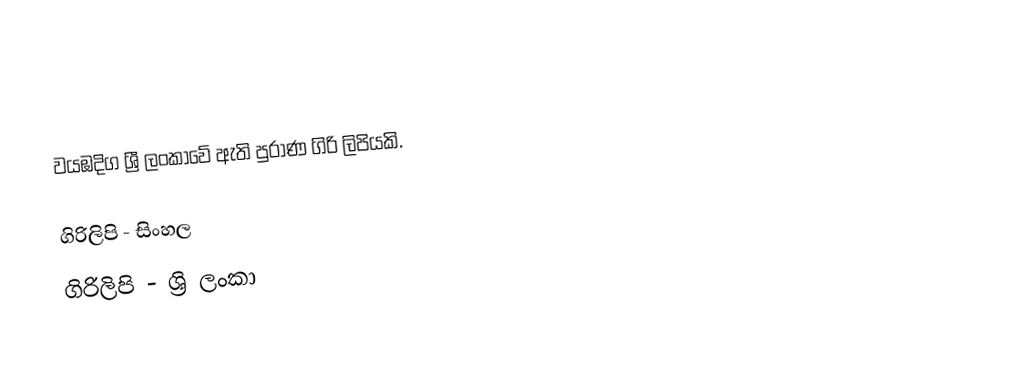
වයඹදිග ශ්‍රී ලංකාවේ ඇති පුරාණ ගිරි ලිපියකි.

ගිරිලිපි - සිංහල
ගිරිලිපි - ශ්‍රි ලංකා